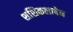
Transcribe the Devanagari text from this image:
शशिकलाबेन